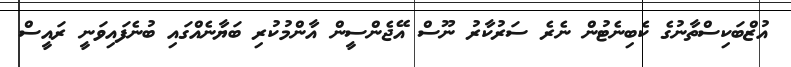
އުޒްބަކިސްތާނުގެ ކެބިނެޓުން ނެރެ ސަރުކާރު ނޫސް އޭޖެންސީން އާންމުކުރި ބަޔާނެއްގައި ބުނެފައިވަނީ ރައީސް